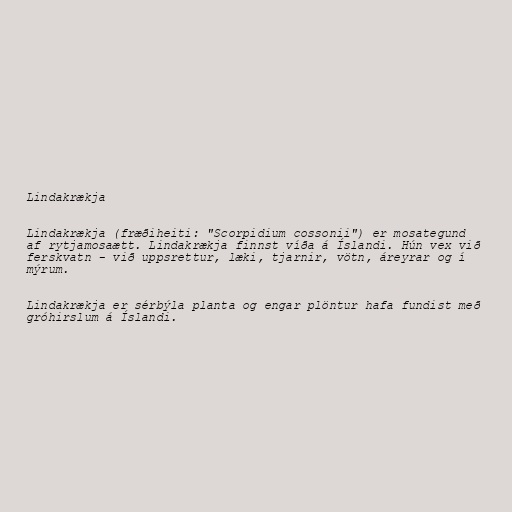
Lindakrækja

Lindakrækja (fræðiheiti: "Scorpidium cossonii") er mosategund
af rytjamosaætt. Lindakrækja finnst víða á Íslandi. Hún vex við
ferskvatn - við uppsrettur, læki, tjarnir, vötn, áreyrar og í
mýrum.

Lindakrækja er sérbýla planta og engar plöntur hafa fundist með
gróhirslum á Íslandi.